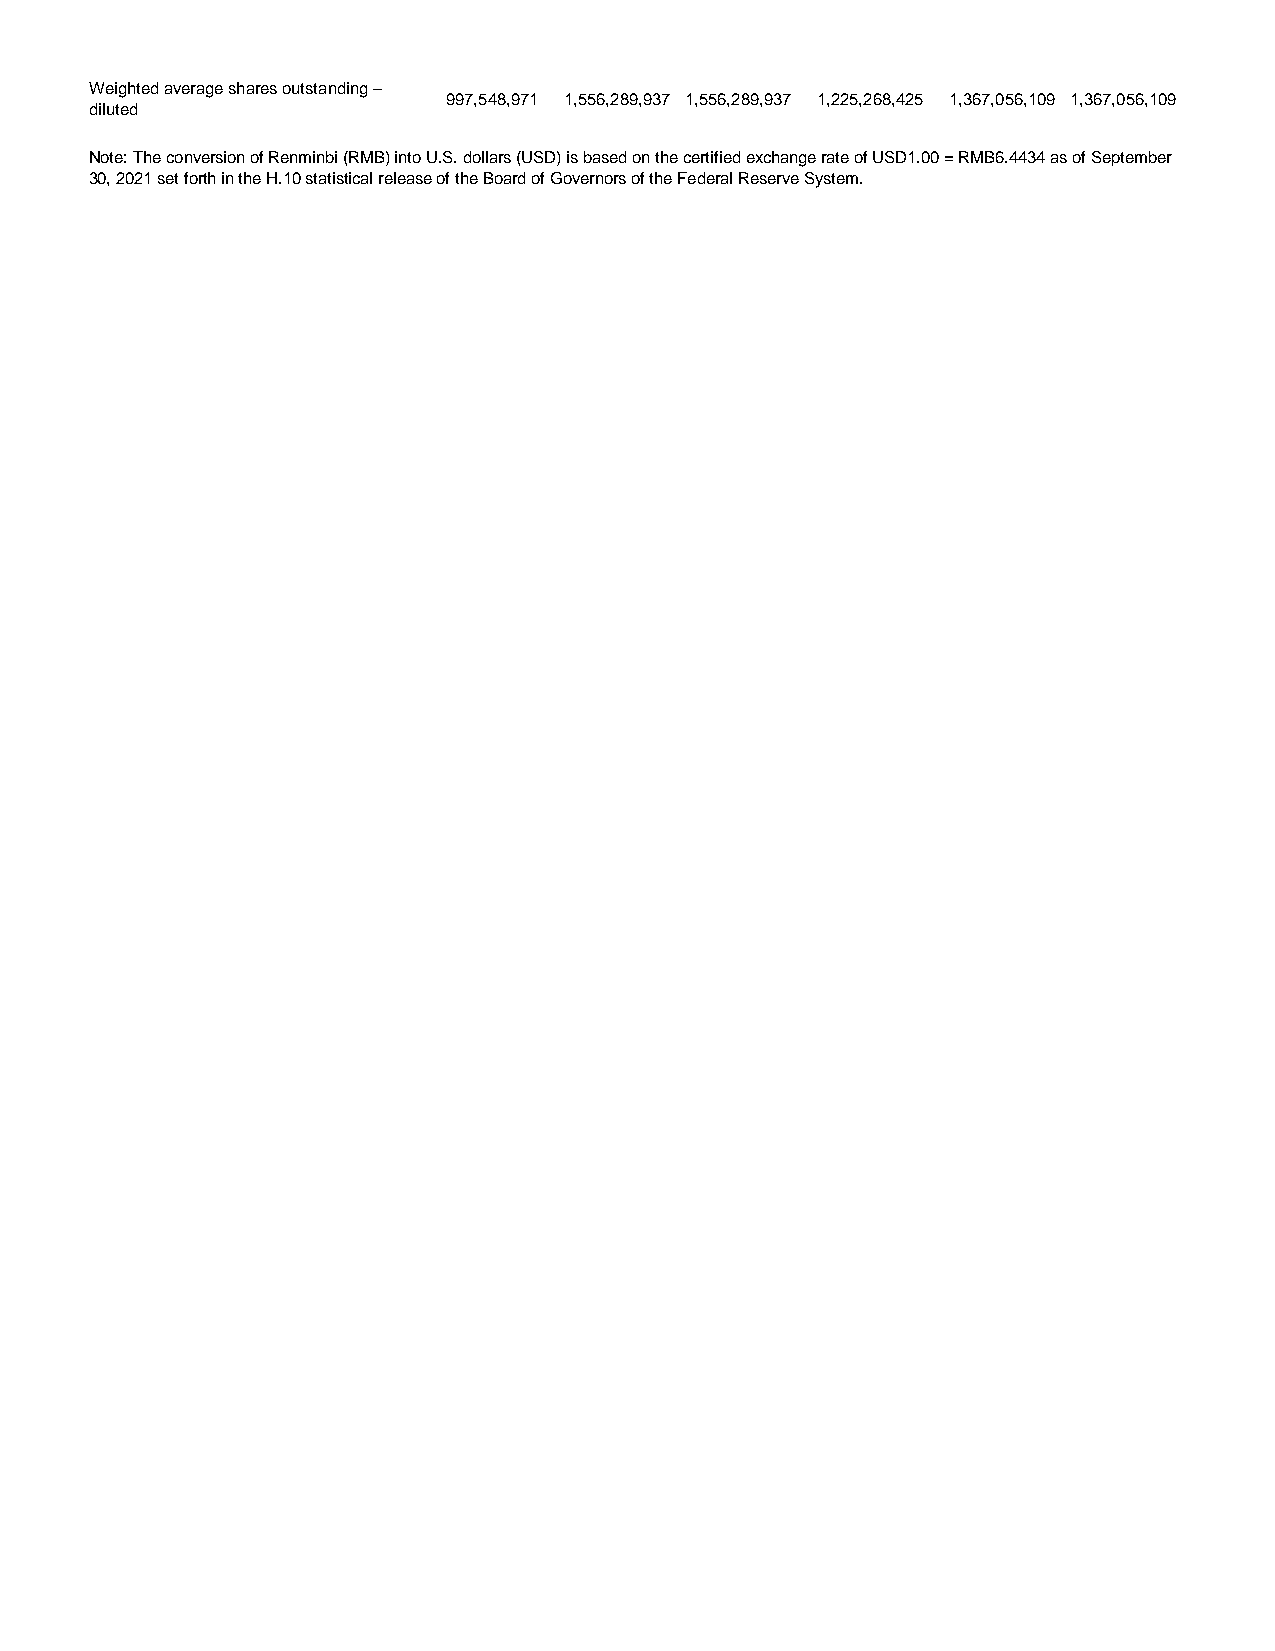
Weighted average shares outstanding –
 997,548,971 1,556,289,937 1,556,289,937 1,225,268,425 1,367,056,109 1,367,056,109
 diluted
 Note: The conversion of Renminbi (RMB) into U.S. dollars (USD) is based on the certified exchange rate of USD1.00 = RMB6.4434 as of September
 30, 2021 set forth in the H.10 statistical release of the Board of Governors of the Federal Reserve System.